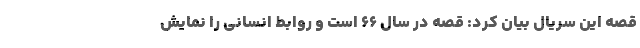
قصه این سریال بیان کرد: قصه در سال ۶۶ است و روابط انسانی را نمایش